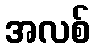
အလစ်